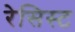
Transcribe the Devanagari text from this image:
रेसिस्ट